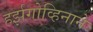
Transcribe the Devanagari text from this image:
हर्झगोव्हिनाने